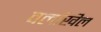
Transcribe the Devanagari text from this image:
वलखिल